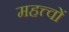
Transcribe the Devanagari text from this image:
महत्त्वों